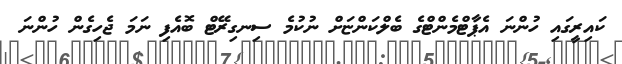
ކައިރީގައި ހުންނަ އެޕާޓްމެންޓްގެ ބެލްކަންޏަށް ނުކުމެ ސިނގިރޭޓް ބޮއެފި ނަމަ ޖެހިގެން ހުންނަ